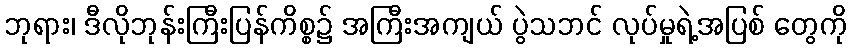
ဘုရား၊ ဒီလိုဘုန်းကြီးပြန်ကိစ္စ၌ အကြီးအကျယ် ပွဲသဘင် လုပ်မှုရဲ့အပြစ် တွေကို